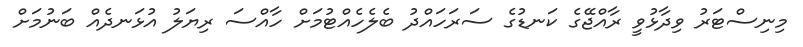
މިނިސްޓަރު ވިދާޅުވީ ރާއްޖޭގެ ކަނޑުގެ ސަރަހައްދު ބެލެހެއްޓުމަށް ހާއްސަ ރިޔަލު އުޅަނދެއް ބަނުމަށް